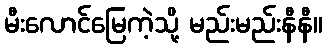
မီးလောင်မြေကဲ့သို့ မည်းမည်းနီနီ။